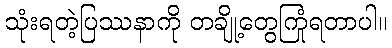
သုံးရတဲ့ပြဿနာကို တချို့တွေကြုံရတာပါ။